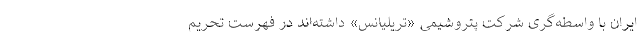
ایران با واسطه‌گری شرکت پتروشیمی «تریلیانس» داشته‌اند در فهرست تحریم